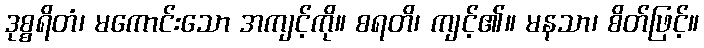
ဒုစ္စရိတံ၊ မကောင်းသော အကျင့်ကို။ စရတိ၊ ကျင့်၏။ မနသာ၊ စိတ်ဖြင့်။